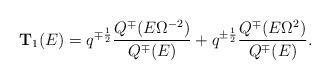
LaTeX: \begin{align*}{\mathbf T}_1(E) = q^{\mp\frac{1}{2}}\frac{ Q^{\mp} (E \Omega^{-2}) }{Q^{\mp}(E)} + q^{\pm\frac{1}{2}} \frac{Q^{\mp}(E \Omega^2)}{ Q^{\mp}(E)} .\end{align*}